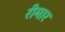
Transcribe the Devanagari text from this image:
रीमार